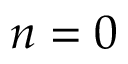
n = 0